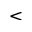
\textless